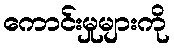
ကောင်းမှုများကို